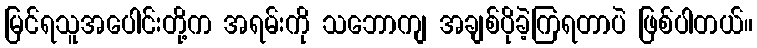
မြင်ရသူအပေါင်းတို့က အရမ်းကို သဘောကျ အချစ်ပိုခဲ့ကြရတာပဲ ဖြစ်ပါတယ်။